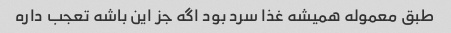
طبق معموله همیشه غذا سرد بود اگه جز این باشه تعجب داره